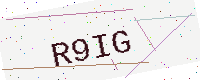
Text: R9IG